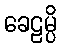
ခေဠမ္ပိ